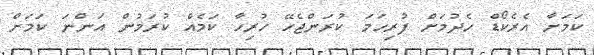
ކަމަށާ އެރެކޯޑް ހެދުމަށް ފުރިހަމަ ކުރަންޖެހޭ ހުރިހާ ކަމެއް ކުރަމުން އަންނަ ކަމަށް